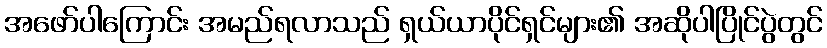
အဖော်ပါကြောင်း အမည်ရလာသည် ရှယ်ယာပိုင်ရှင်များ၏ အဆိုပါပြိုင်ပွဲတွင်